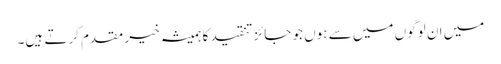
میں ان لوگوں میں سے ہوں جو جائز تنقید کا ہمیشہ خیر مقدم کرتے ہیں۔